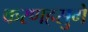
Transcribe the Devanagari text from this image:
करणहसुगे